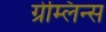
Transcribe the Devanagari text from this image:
ग्रेम्लिन्स